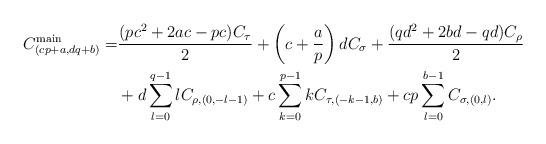
LaTeX: \begin{align*}C^{\textrm{main}}_{(cp+a,dq+b)}=& \frac{(p c^2 + 2ac - p c)C_\tau}{2} + \left(c+\frac{a}{p}\right) dC_\sigma + \frac{(q d^2 + 2 bd - q d)C_\rho}{2} \\&+ d \sum_{l=0}^{q-1} l C_{\rho,(0,-l-1)} + c \sum_{k=0}^{p-1} k C_{\tau,(-k-1,b)} + cp \sum_{l=0}^{b-1} C_{\sigma,(0,l)}.\end{align*}